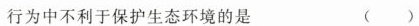
行为中不利于保护生态环境的是 （）